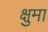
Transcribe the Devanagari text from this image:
क्षुमा